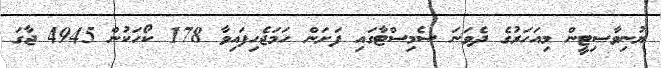
ޔުނިވާސިޓީން މިއަހަރުގެ ދެވަނަ ސެމިސްޓާގައި ފަށަން ހަމަޖެހިފައިވާ 178 ކޯހަކުން 4945 ޖާގަ